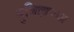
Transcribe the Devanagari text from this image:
मुथिहाच्या